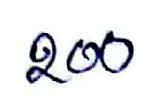
200